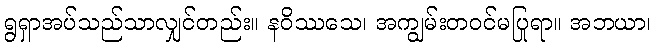
ရွရှာအပ်သည်သာလျှင်တည်း။ နဝိဿသေ၊ အကျွမ်းတဝင်မပြုရာ။ အဘယာ၊